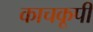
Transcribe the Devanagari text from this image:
काचकूपी